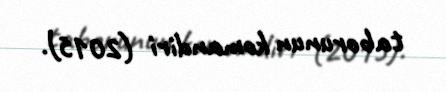
taborunun komandiri (2015).